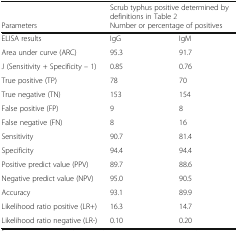
<table><thead><tr><td></td><td colspan="2"><b>Scrub typhus positive determined by definitions in Table 2</b></td></tr><tr><td><b>Parameters</b></td><td colspan="2"><b>Number or percentage of positives</b></td></tr></thead><tbody><tr><td>ELISA results</td><td>IgG</td><td>IgM</td></tr><tr><td>Area under curve (ARC)</td><td>95.3</td><td>91.7</td></tr><tr><td>J (Sensitivity + Specificity – 1)</td><td>0.85</td><td>0.76</td></tr><tr><td>True positive (TP)</td><td>78</td><td>70</td></tr><tr><td>True negative (TN)</td><td>153</td><td>154</td></tr><tr><td>False positive (FP)</td><td>9</td><td>8</td></tr><tr><td>False negative (FN)</td><td>8</td><td>16</td></tr><tr><td>Sensitivity</td><td>90.7</td><td>81.4</td></tr><tr><td>Specificity</td><td>94.4</td><td>94.4</td></tr><tr><td>Positive predict value (PPV)</td><td>89.7</td><td>88.6</td></tr><tr><td>Negative predict value (NPV)</td><td>95.0</td><td>90.5</td></tr><tr><td>Accuracy</td><td>93.1</td><td>89.9</td></tr><tr><td>Likelihood ratio positive (LR+)</td><td>16.3</td><td>14.7</td></tr><tr><td>Likelihood ratio negative (LR-)</td><td>0.10</td><td>0.20</td></tr></tbody></table>